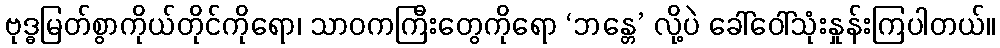
ဗုဒ္ဓမြတ်စွာကိုယ်တိုင်ကိုရော၊ သာဝကကြီးတွေကိုရော ‘ဘန္တေ’ လို့ပဲ ခေါ်ဝေါ်သုံးနှုန်းကြပါတယ်။